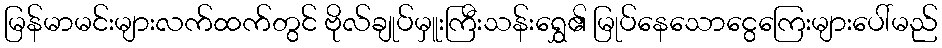
မြန်မာမင်းများလက်ထက်တွင် ဗိုလ်ချုပ်မှူးကြီးသန်းရွှေ၏ မြုပ်နေသောငွေကြေးများပေါ်မည်